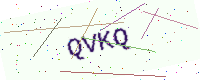
Text: QVKQ